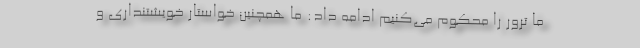
ما ترور را محکوم می‌کنیم ادامه داد: ما همچنین خواستار خویشتنداری و